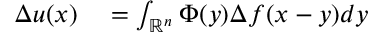
\begin{array} { r l } { \Delta u ( x ) } & { { } = \int _ { \mathbb { R } ^ { n } } \Phi ( y ) \Delta f ( x - y ) d y } \end{array}